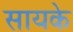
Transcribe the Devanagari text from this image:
सायके